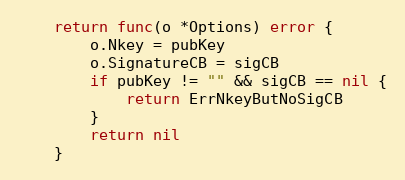
Language: Go
	return func(o *Options) error {
		o.Nkey = pubKey
		o.SignatureCB = sigCB
		if pubKey != "" && sigCB == nil {
			return ErrNkeyButNoSigCB
		}
		return nil
	}